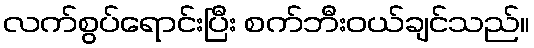
လက်စွပ်ရောင်းပြီး စက်ဘီးဝယ်ချင်သည်။